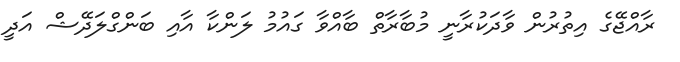
ރާއްޖޭގެ އިތުރުން ވާދަކުރާނީ މުބާރާތް ބާއްވާ ގައުމު ލަންކާ އާއި ބަންގްލަދޭޝް އަދީ